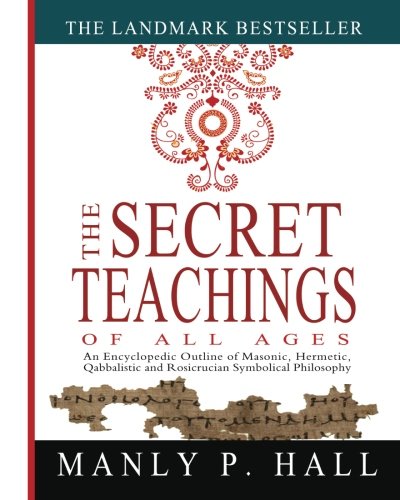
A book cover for The Secret Teachings of All Ages: An Encyclopedic Outline of Masonic, Hermetic, Qabbalistic and Rosicrucian Symbolical Philosophy; Manly P. Hall; Reference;